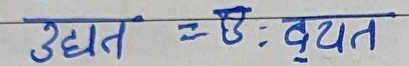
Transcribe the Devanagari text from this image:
उद्घात = ऊः : व्‍यृत